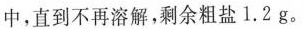
中，直到不再溶解，剩余粗盐1.2 g。